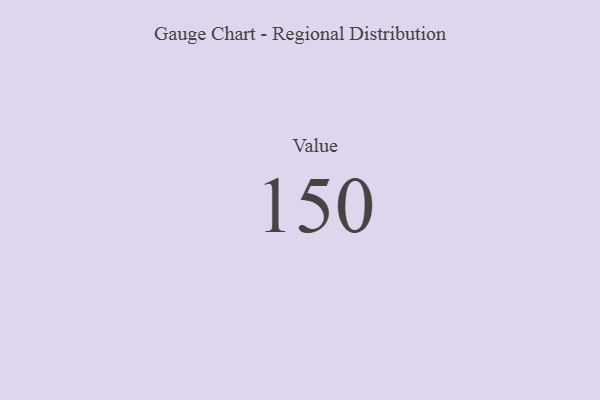
{"axis": {"x": "Metric", "y": "Value"}, "legend": [""], "data": [{"x": "Value", "y": 150, "type": ""}]}